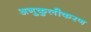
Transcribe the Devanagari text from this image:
अनुकुलीकरण